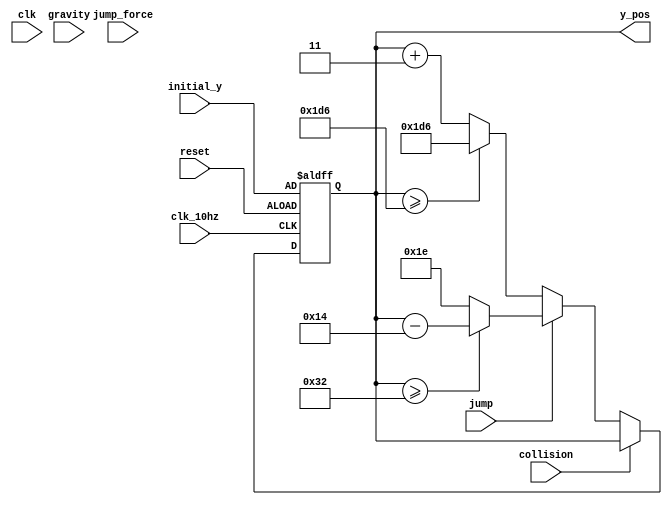

module player(
   input wire clk,
   input wire clk_10hz,
   input wire jump,
   input wire reset,
   input wire collision,
   input wire [4:0] gravity,
   input wire [6:0] jump_force,
   input wire [9:0] initial_y,
   output reg [9:0] y_pos
    );
    
    always @(posedge clk_10hz or posedge reset) begin
        if (reset) begin
            y_pos <= initial_y; // or any initial value you need
        end else if (!collision) begin
            if (jump) begin
               if (y_pos >= 50)
               begin
                   y_pos <= y_pos - 20; 
               end
               
               else
               begin
                    y_pos <= 30;
               end
            end
            
            else begin
                y_pos <= y_pos + 3;
                
                if (y_pos >= 470)
                begin
                    y_pos <= 470;
                end
            end
        end
    end
    
endmodule